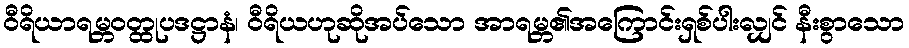
ဝီရိယာရမ္ဘဝတ္ထုပဒဋ္ဌာနံ၊ ဝီရိယဟုဆိုအပ်သော အာရမ္ဘ၏အကြောင်းရှစ်ပါးလျှင် နီးစွာသော